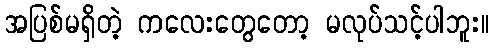
အပြစ်မရှိတဲ့ ကလေးတွေတော့ မလုပ်သင့်ပါဘူး။